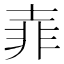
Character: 𡔭